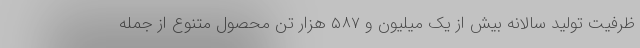
ظرفیت تولید سالانه بیش از یک میلیون و ۵۸۷ هزار تن محصول متنوع از جمله